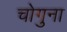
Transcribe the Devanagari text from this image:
चोगुना